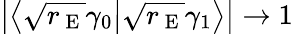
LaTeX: \left|\left\langle\sqrt{r_{\mathrm{~E~}}}\gamma_{0}\big|\sqrt{r_{\mathrm{~E~}}}\gamma_{1}\right\rangle\right|\to 1